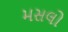
મસલો